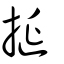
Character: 挻